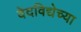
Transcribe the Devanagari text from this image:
वेदविद्येच्या